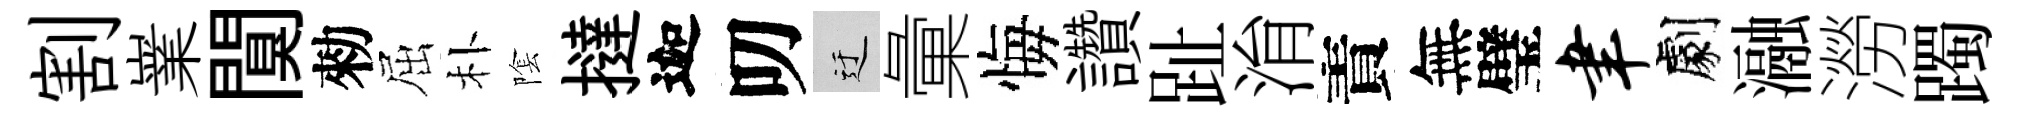
割嶪闃勑屈朴隂撻迦叨迂彙悔讚趾㳙責無璧聿劇瀜澇躅